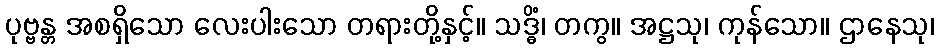
ပုဗ္ဗန္တ အစရှိသော လေးပါးသော တရားတို့နှင့်။ သဒ္ဓိံ၊ တကွ။ အဋ္ဌသု၊ ကုန်သော။ ဌာနေသု၊